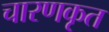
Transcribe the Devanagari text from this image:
चारणकृत